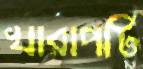
খারাপটি